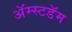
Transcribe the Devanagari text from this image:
अॅम्स्टडॅम